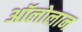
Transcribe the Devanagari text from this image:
अॉलोलान